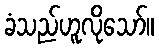
ခံသည်ဟူလိုသော်။